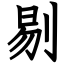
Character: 剔